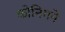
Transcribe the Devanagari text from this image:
कोनिगने